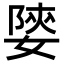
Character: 𡟨